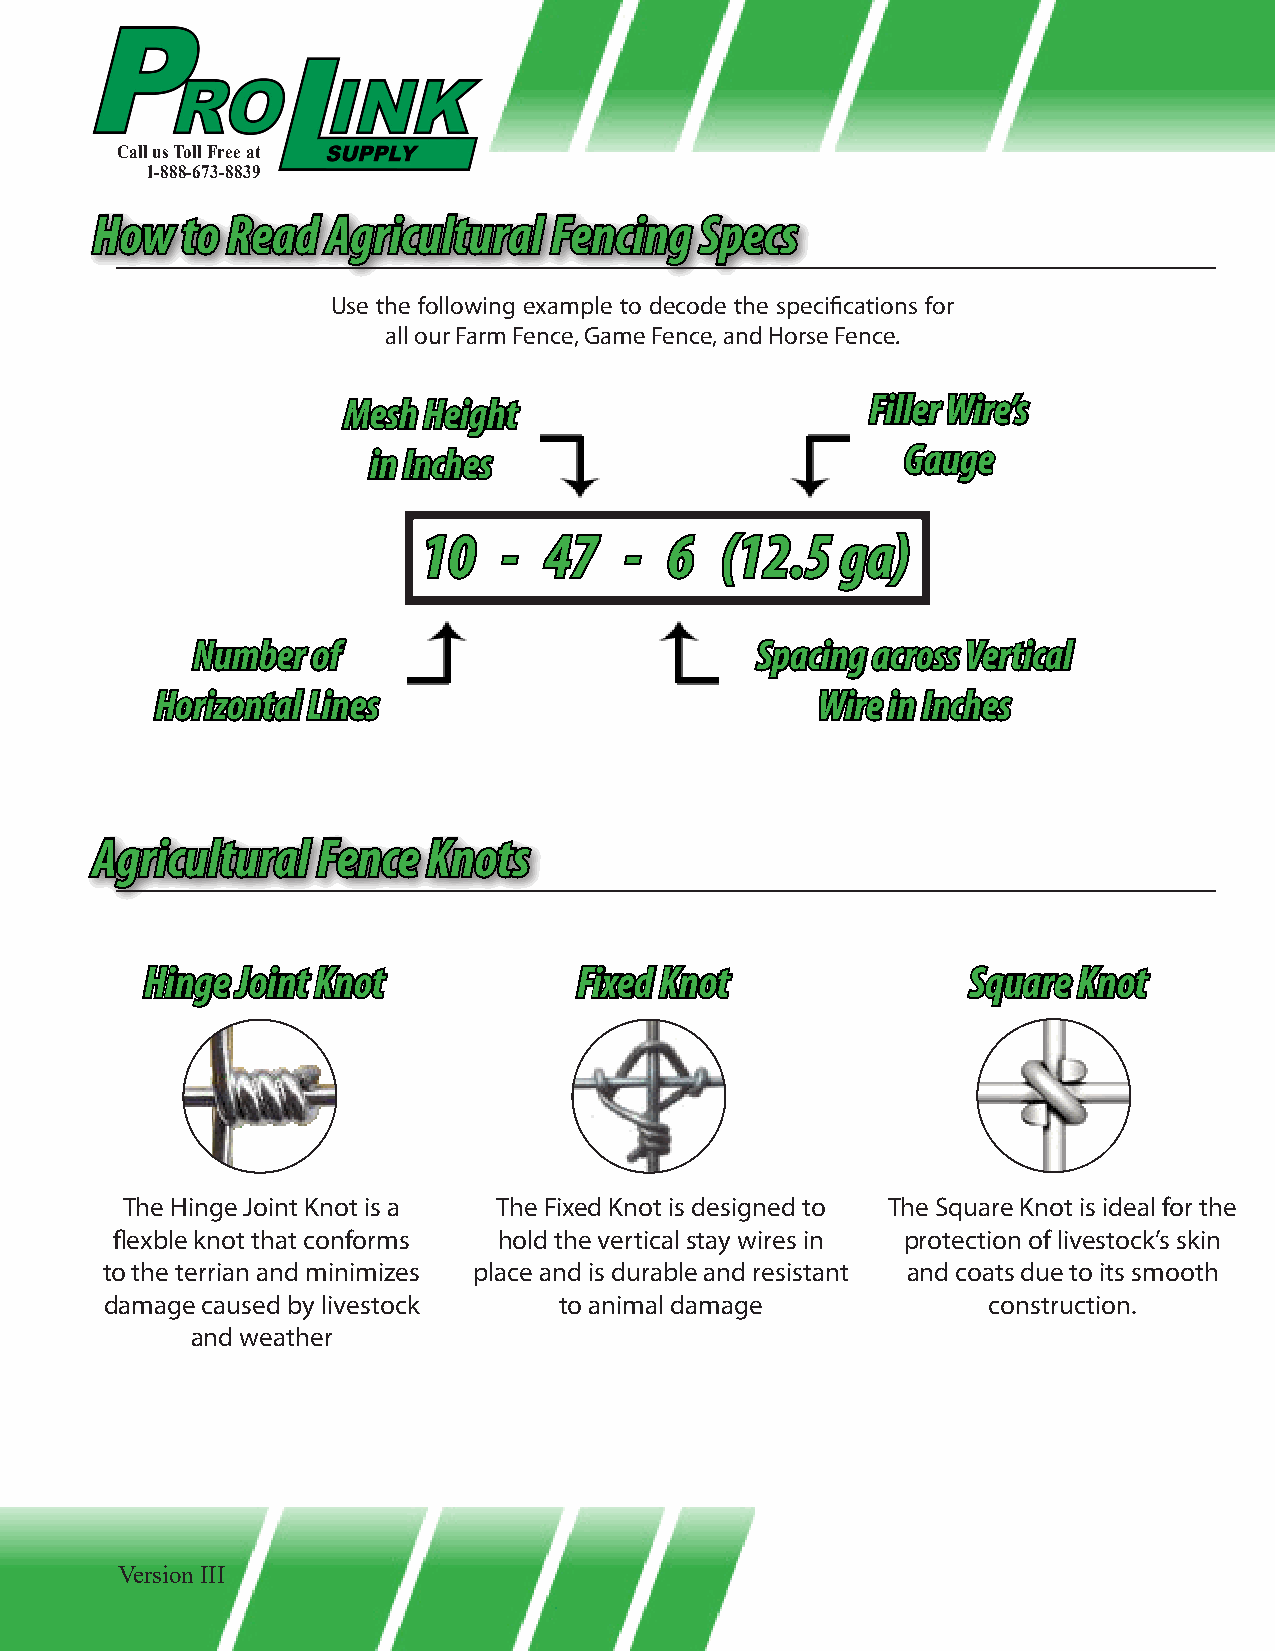
Call us Toll Free at
 1-888-673-8839
 HHooww ttoo RReeaadd AAggrriiccuullttuurraall FFeenncciinngg SSppeeccss
 Use the following example to decode the specifications for
 all our Farm Fence, Game Fence, and Horse Fence.
 MMeesshh HHeeiigghhtt              FFiilllleerr WWiirree’’ss
 iinn IInncchheess                   GGaauuggee
 1100 -- 4477 -- 66  ((1122..55 ggaa))
 NNuummbbeerr ooff                    SSppaacciinngg aaccrroossss VVeerrttiiccaall
 HHoorriizzoonnttaall LLiinneess             WWiirree iinn IInncchheess
 AAggrriiccuullttuurraall FFeennccee KKnnoottss
 HHiinnggee JJooiinntt KKnnoott FFiixxeedd KKnnoott    SSqquuaarree KKnnoott
 The Hinge Joint Knot is a The Fixed Knot is designed to The Square Knot is ideal for the
 flexble knot that conforms hold the vertical stay wires in protection of livestock’s skin
 to the terrian and minimizes place and is durable and resistant and coats due to its smooth
 damage caused by livestock    to animal damage            construction.
 and weather
 Version III